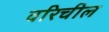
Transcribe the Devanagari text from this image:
वरिचील